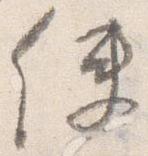
使